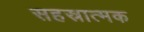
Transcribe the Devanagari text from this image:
सहस्रात्मक